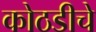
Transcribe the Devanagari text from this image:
कोठडीचे